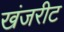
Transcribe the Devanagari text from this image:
खंजरीट